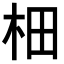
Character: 𣐬